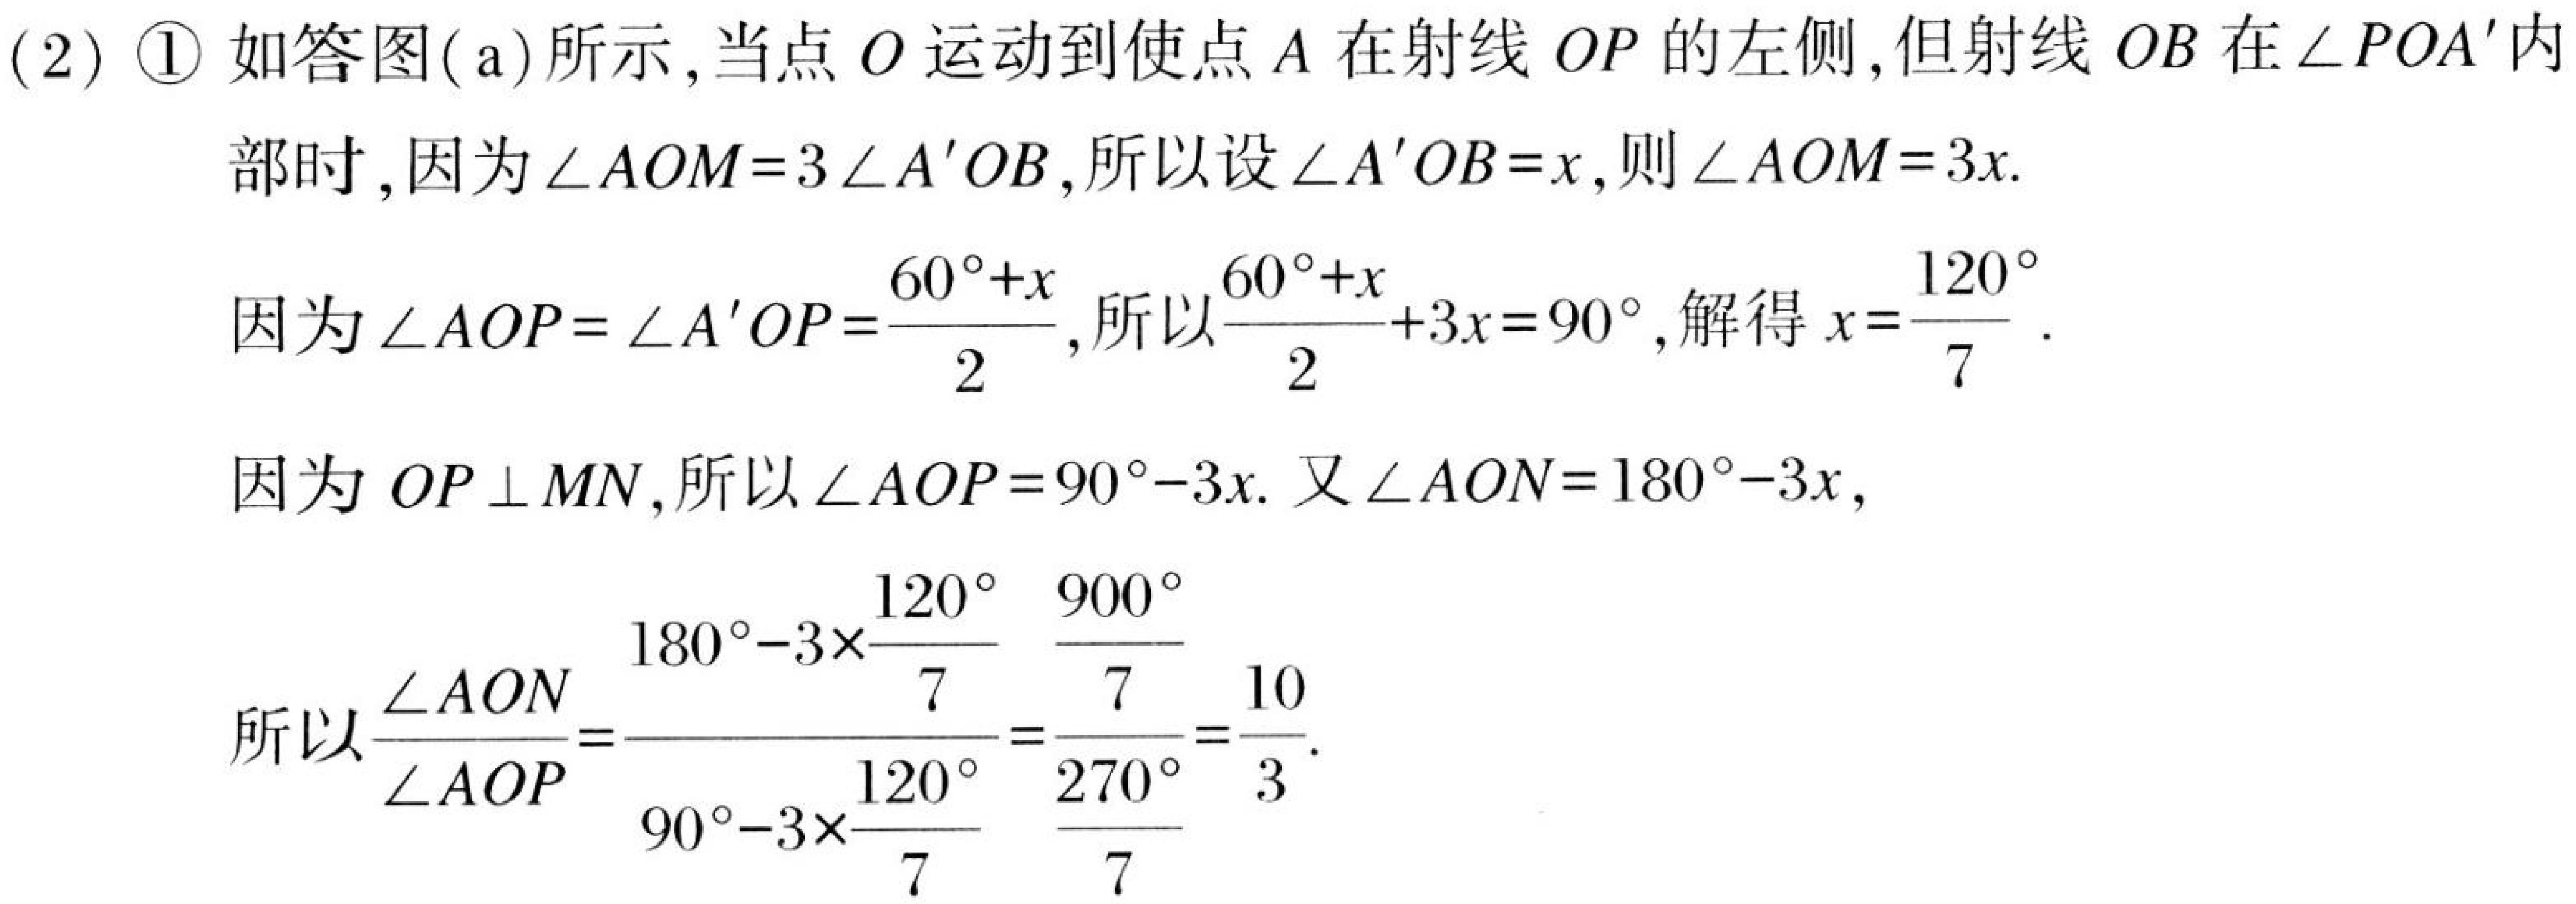
(2) \textcircled{1} 如答图(a)所示,当点 \(O\) 运动到使点 \(A\) 在射线 \(OP\) 的左侧,但射线 \(OB\) 在 \(\angle POA'\)内
部时,因为\(\angle AOM = 3\angle A'OB\),所以设\(\angle A'OB=x\),则\(\angle AOM = 3x\).
因为\(\angle AOP=\angle A'OP=\frac{60^{\circ}+x}{2}\),所以\(\frac{60^{\circ}+x}{2}+3x = 90^{\circ}\),解得\(x=\frac{120^{\circ}}{7}\).
因为 \(OP\perp MN\),所以\(\angle AOP = 90^{\circ}-3x\). 又\(\angle AON = 180^{\circ}-3x\),
所以\(\frac{\angle AON}{\angle AOP}=\frac{180^{\circ}-3\times\frac{120^{\circ}}{7}}{90^{\circ}-3\times\frac{120^{\circ}}{7}}=\frac{\frac{900^{\circ}}{7}}{\frac{270^{\circ}}{7}}=\frac{10}{3}\).